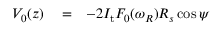
\begin{array} { r l r } { V _ { 0 } ( z ) } & { { } = } & { - 2 I _ { \mathrm { t } } F _ { 0 } ( \omega _ { R } ) R _ { s } \cos \psi } \end{array}